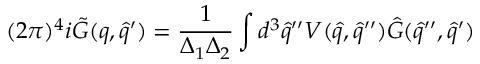
( 2 \pi ) ^ { 4 } i { \tilde { G } } ( q , { \hat { q } } ^ { \prime } ) = \frac { 1 } { \Delta _ { 1 } \Delta _ { 2 } } \int d ^ { 3 } { \hat { q } } ^ { \prime \prime } V ( { \hat { q } } , { \hat { q } } ^ { \prime \prime } ) { \hat { G } } ( { \hat { q } } ^ { \prime \prime } , { \hat { q } } ^ { \prime } )